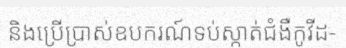
និងប្រើប្រាស់ឧបករណ៍ទប់ស្កាត់ជំងឺកូវីដ-